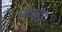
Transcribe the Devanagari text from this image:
आकृष्ट।